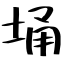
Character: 埇